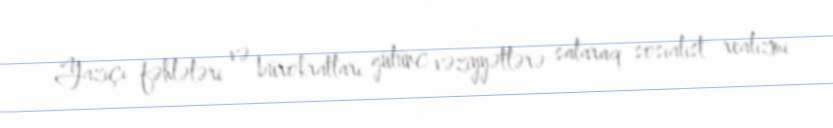
Yazıçı fəhlələri və bürokratları gülünc vəziyyətlərə salaraq sosialist realizmi